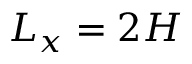
L _ { x } = 2 H